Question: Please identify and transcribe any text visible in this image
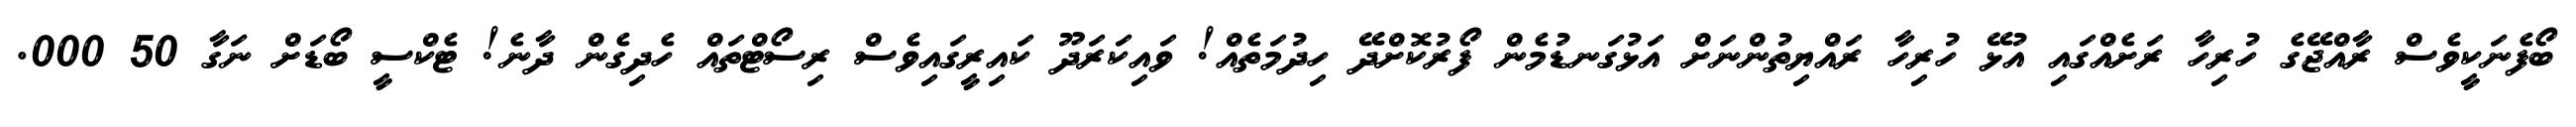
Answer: ބޯފެނަކީވެސް ރާއްޖޭގެ ހުރިހާ ރަށެއްގައި އުޅޭ ހުރިހާ ރައްޔިތުންނަށް އަޅުގަނޑުމެން ފޯރުކޮށްދޭ ހިދުމަތެއް! ވައިކަރަދޫ ކައިރީގައިވެސް ރިސޯޓްތައް ހެދިގެން ދާނެ! ޓެކްސީ ބޯޑަށް ނަގާ 50 000.